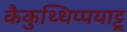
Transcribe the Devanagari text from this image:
कैकुथ्थिप्पयाट्टू